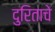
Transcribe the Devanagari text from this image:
दुरिताचे